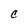
Character: C